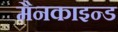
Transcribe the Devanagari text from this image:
मैनकाइन्ड